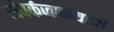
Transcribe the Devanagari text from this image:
संपर्कजाळ्यांनी